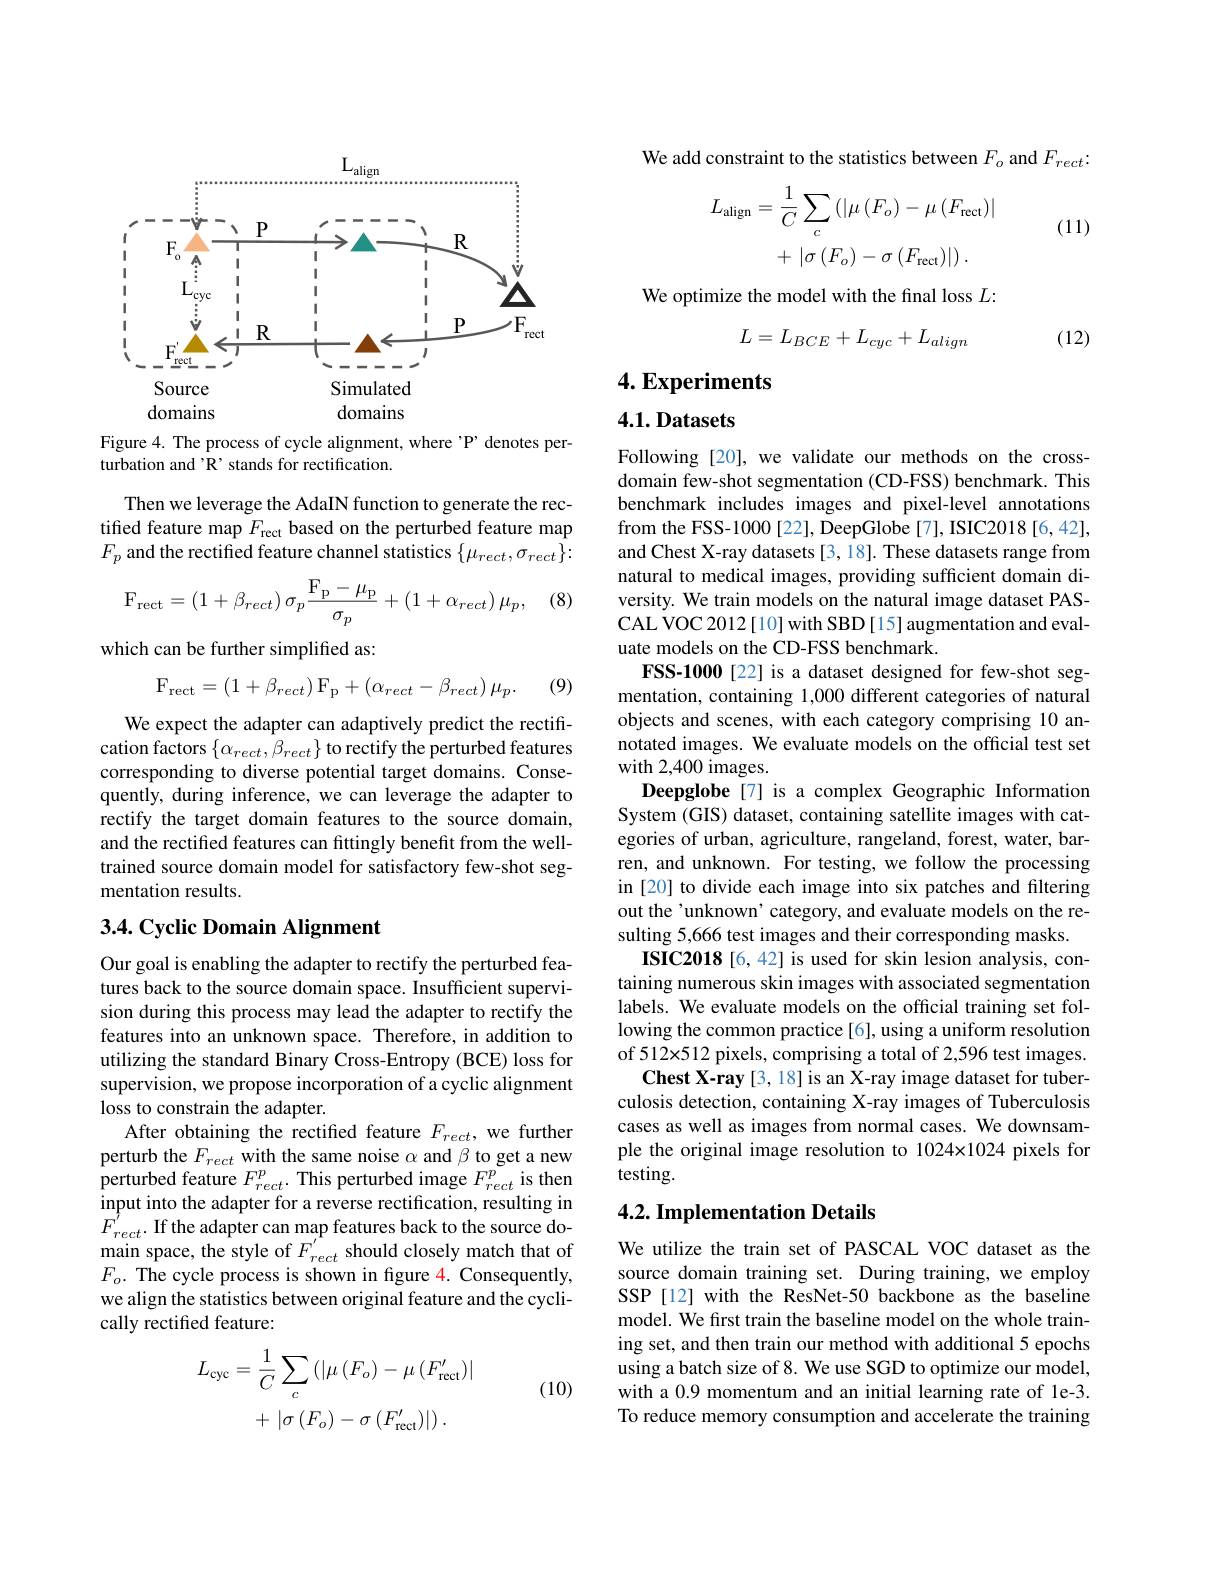
<FigureHere>

Figure 4. The process of cycle alignment, where 'P’ denotes per-
turbation and 'R’ stands for rectification.

Then we leverage the AdaIN function to generate the rectified feature map $F_\mathrm{rect}$ based on the perturbed feature map $F_{p}$ and the rectified feature channel statistics $\{\mu_rect,\sigma_{rect}\}{:}$

(8)
$$\mathrm{F}_{\mathrm{rect}}=\left(1+\beta_{rect}\right)\sigma_{p}\frac{\mathrm{F}_{\mathrm{P}}-\mu_{\mathrm{P}}}{\sigma_{p}}+\left(1+\alpha_{rect}\right)\mu_{p},$$
which can be further simplified as:
$$\mathrm{F}_{\mathrm{rect}}=\left(1+\beta_{rect}\right)\mathrm{F}_{\mathrm{p}}+\left(\alpha_{rect}-\beta_{rect}\right)\mu_{p}.$$
(9)

We expect the adapter can adaptively predict the rectification factors $\{\alpha_{rect},\bar{\beta}_{rect}\}$ to rectify the perturbed features corresponding to diverse potential target domains. Consequently, during inference, we can leverage the adapter to rectify the target domain features to the source domain, and the rectified features can fittingly benefit from the welltrained source domain model for satisfactory few-shot segmentation results.

## 3.4. Cyclic Domain Alignment

Our goal is enabling the adapter to rectify the perturbed features back to the source domain space. Insufficient supervision during this process may lead the adapter to rectify the features into an unknown space. Therefore, in addition to utilizing the standard Binary Cross-Entropy (BCE) loss for supervision, we propose incorporation of a cyclic alignment loss to constrain the adapter.
After obtaining the rectified feature $F_{rect}$, we further perturb the $F_{rect}$ with the same noise $\alpha$ and $\beta$ to get a new perturbed feature $F_{rect}^{p}.$ This perturbed image $F_{rect}^{p}$ is then input into the adapter for a reverse rectification, resulting in $F_{rect}^{\hat{'}}.$ If the adapter can map features back to the source do- $\operatorname*{main}$space, the style of $F_rect^{^{\prime}}$ should closely match that of $F_o.$ The cycle process is shown in figure 4. Consequently, we align the statistics between original feature and the cyclically rectified feature:

(10)
$$\begin{aligned}L_{\mathrm{cyc}}&=\frac{1}{C}\sum_{c}\left(\left|\mu\left(F_{o}\right)-\mu\left(F_{\mathrm{rect}}^{\prime}\right)\right|\right.\\&+\:\left|\sigma\left(F_{o}\right)-\sigma\left(F_{\mathrm{rect}}^{\prime}\right)\right|).\end{aligned}$$
We add constraint to the statistics between $F_o$ and $F_{rect}:$

(11)
$$\begin{aligned}L_{\mathrm{align}}&=\frac{1}{C}\sum_{c}\left(\left|\mu\left(F_{o}\right)-\mu\left(F_{\mathrm{rect}}\right)\right|\right.\\&+\mid\sigma\left(F_{o}\right)-\sigma\left(F_{\mathrm{rect}}\right)\mid)\:.\end{aligned}$$
We optimize the model with the final loss $L:$
$$L=L_{BCE}+L_{cyc}+L_{align}$$
(12)

4. Experiments

4.1. Datasets

Following [20], we validate our methods on the crossdomain few-shot segmentation (CD-FSS) benchmark. This benchmark includes images and pixel-level annotations from the FSS-1000[22], DeepGlobe[7], ISIC2018[6,42], and Chest X-ray datasets [3, 18]. These datasets range from natural to medical images, providing sufficient domain diversity. We train models on the natural image dataset PASCAL VOC 2012[10] with SBD[15] augmentation and evaluate models on the CD-FSS benchmark.
FSS-1000 [22] is a dataset designed for few-shot segmentation, containing 1,000 different categories of natural objects and scenes, with each category comprising 10 annotated images. We evaluate models on the official test set with 2,400 images.
Deepglobe [7] is a complex Geographic Information System (GIS) dataset, containing satellite images with categories of urban, agriculture, rangeland, forest, water, barren, and unknown. For testing, we follow the processing in [20] to divide each image into six patches and filtering out the'unknown' category, and evaluate models on the resulting 5,666 test images and their corresponding masks.
ISIC2018 [6,42] is used for skin lesion analysis, containing numerous skin images with associated segmentation labels. We evaluate models on the official training set following the common practice [6], using a uniform resolution of 512x512 pixels, comprising a total of 2,596 test images.
Chest X-ray [3, 18] is an X-ray image dataset for tuberculosis detection, containing X-ray images of Tuberculosis cases as well as images from normal cases. We downsample the original image resolution to 1024x1024 pixels for testing.

## 4.2. Implementation Details

We utilize the train set of PASCAL VOC dataset as the source domain training set. During training, we employ SSP [12] with the ResNet-50 backbone as the baseline model. We frst train the baseline model on the whole training set, and then train our method with additional 5 epochs using a batch size of 8. We use SGD to optimize our model, with a 0.9 momentum and an initial learning rate of le-3. To reduce memory consumption and accelerate the training